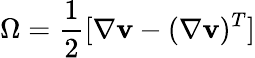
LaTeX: \Omega=\frac{1}{2}[\nabla\mathbf{v}-(\nabla\mathbf{v})^{T}]